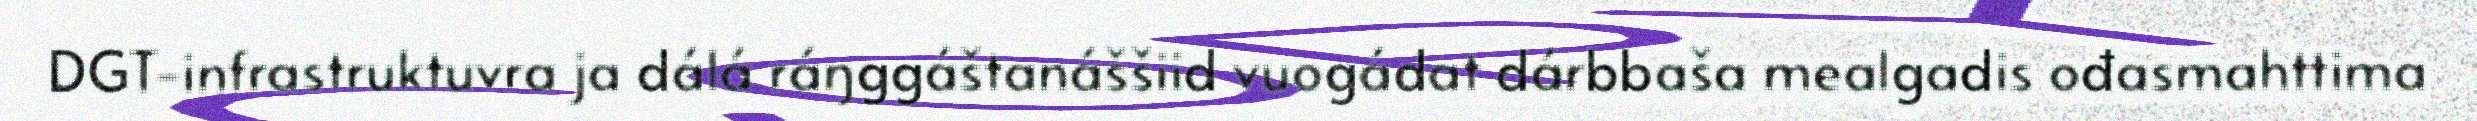
DGT-infrastruktuvra ja dálá ráŋggáštanáššiid vuogádat dárbbaša mealgadis ođasmahttima